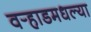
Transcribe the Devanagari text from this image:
वर्‍हाडमधल्या